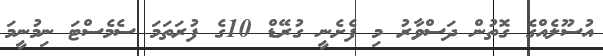
އުސޫލެއްގެ ގޮތުން ދަސްވާރު މި ފެށެނީ ގުރޭޑް 10ގެ ފުރަތަމަ ސެމެސްޓަ ނިމުނީމަ